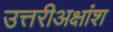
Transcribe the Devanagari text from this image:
उत्तरीअक्षांश